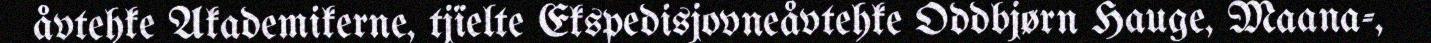
åvtehke Akademikerne, tjïelte Ekspedisjovneåvtehke Oddbjørn Hauge, Maana-,